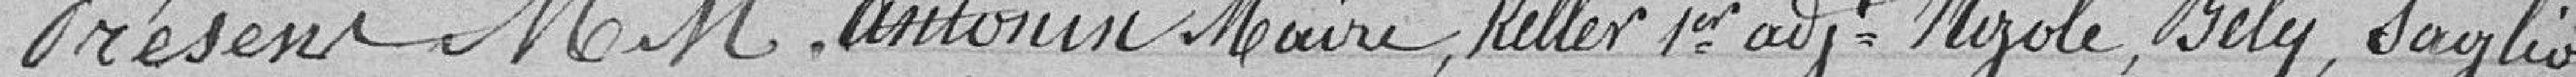
Présents messieurs Antonin Maire, Keller 1er adjoint, Hizole, Bély, Saglio